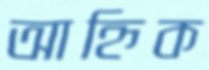
আহ্নিক